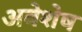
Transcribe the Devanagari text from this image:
अवेशेष